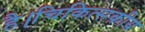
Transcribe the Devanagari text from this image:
है।चिकित्सकीय